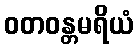
ဝတဝန္တမရိယံ